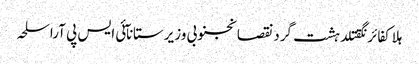
ہلاکفائرنگقتلدہشت گردنقصانجنوبی وزیرستانآئی ایس پی آراسلحہ